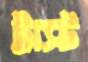
ট্রাস্ট